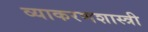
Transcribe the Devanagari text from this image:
व्याकरणशास्त्री